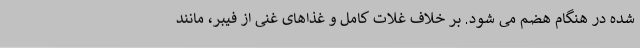
شده در هنگام هضم می شود. بر خلاف غلات کامل و غذاهای غنی از فیبر، مانند